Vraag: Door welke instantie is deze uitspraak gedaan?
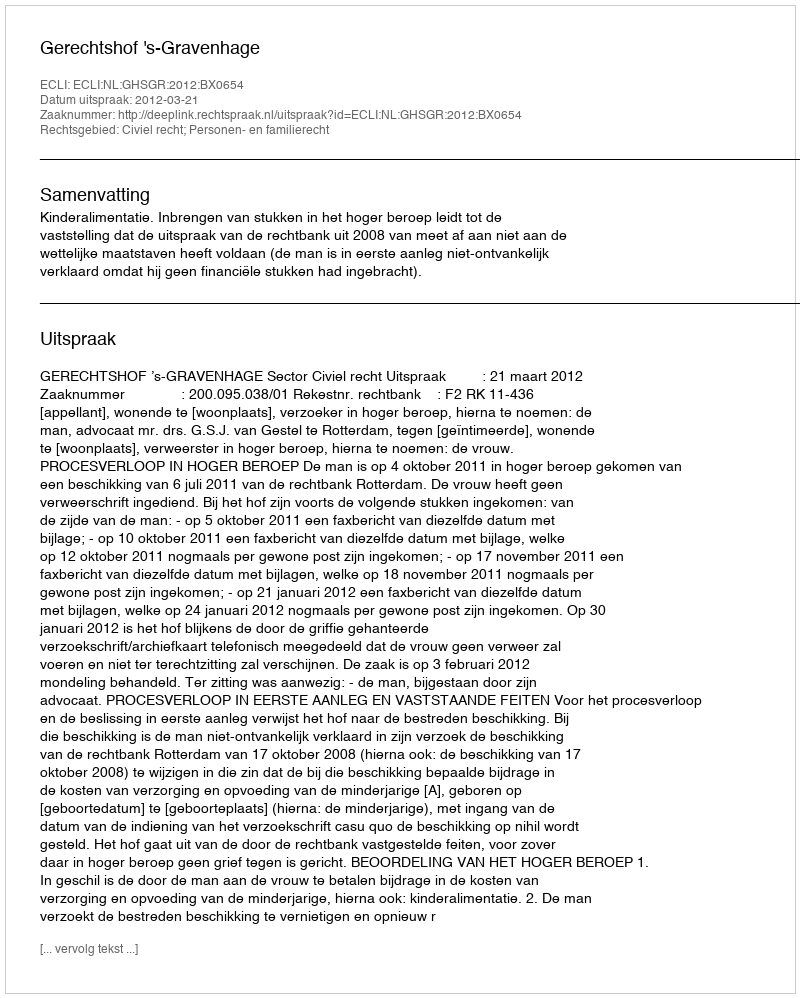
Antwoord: Gerechtshof 's-Gravenhage